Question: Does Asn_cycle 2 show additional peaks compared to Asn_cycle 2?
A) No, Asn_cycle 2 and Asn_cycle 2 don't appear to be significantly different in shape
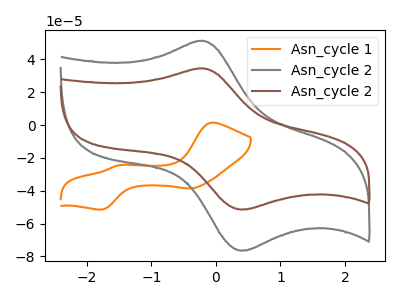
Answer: <think>The orange curve "Asn_cycle 1" has anodic peaks at (-0.05V, 1.45uA) (-1.50V, -24.55uA) and cathodic peaks at (-0.40V, -38.65uA) (-1.75V, -51.45uA). The gray curve "Asn_cycle 2" has an anodic peak at (-0.20V, 51.35uA) and a cathodic peak at (0.40V, -76.55uA). The brown curve "Asn_cycle 2" has an anodic peak at (-0.20V, 34.55uA) and a cathodic peak at (0.40V, -51.50uA).
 All the peaks in "Asn_cycle 2" have a peak in "Asn_cycle 2" at the same potential. Every peak in "Asn_cycle 2" is lower than every peak in "Asn_cycle 2".</think>
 <answer>A) No, "Asn_cycle 2" and "Asn_cycle 2" don't appear to be significantly different in shape</answer>
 <eval>A</eval>